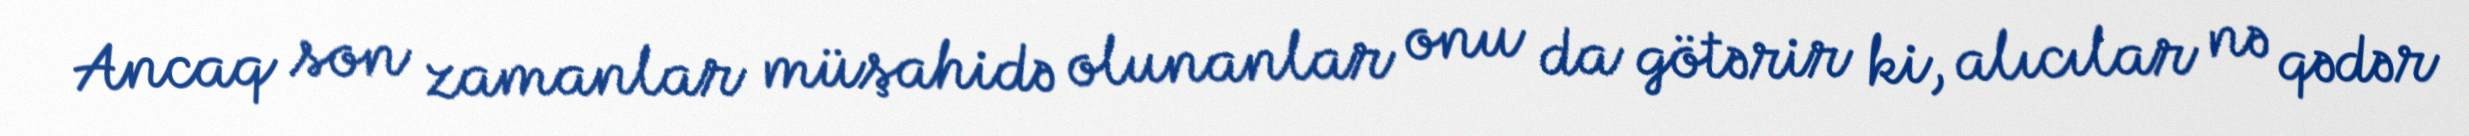
Ancaq son zamanlar müşahidə olunanlar onu da götərir ki, alıcılar nə qədər